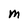
Character: M